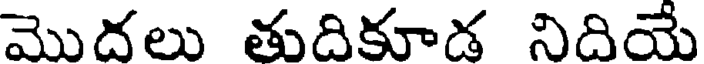
మొదలు తుదికూడ నిదియే